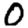
Digit: 0